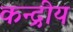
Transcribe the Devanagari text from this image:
कन्द्रीय